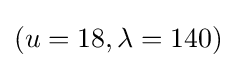
(u=18,\lambda =140)